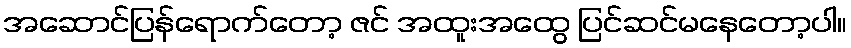
အဆောင်ပြန်ရောက်တော့ ဇင် အထူးအထွေ ပြင်ဆင်မနေတော့ပါ။